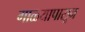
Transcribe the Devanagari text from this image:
गाळ्यापासून